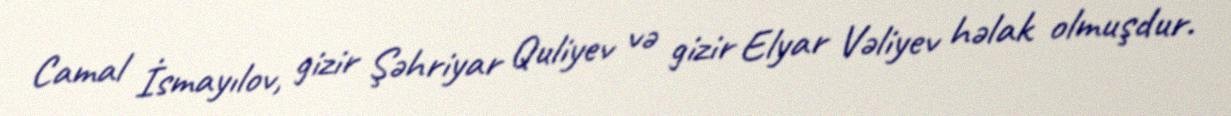
Camal İsmayılov, gizir Şəhriyar Quliyev və gizir Elyar Vəliyev həlak olmuşdur.